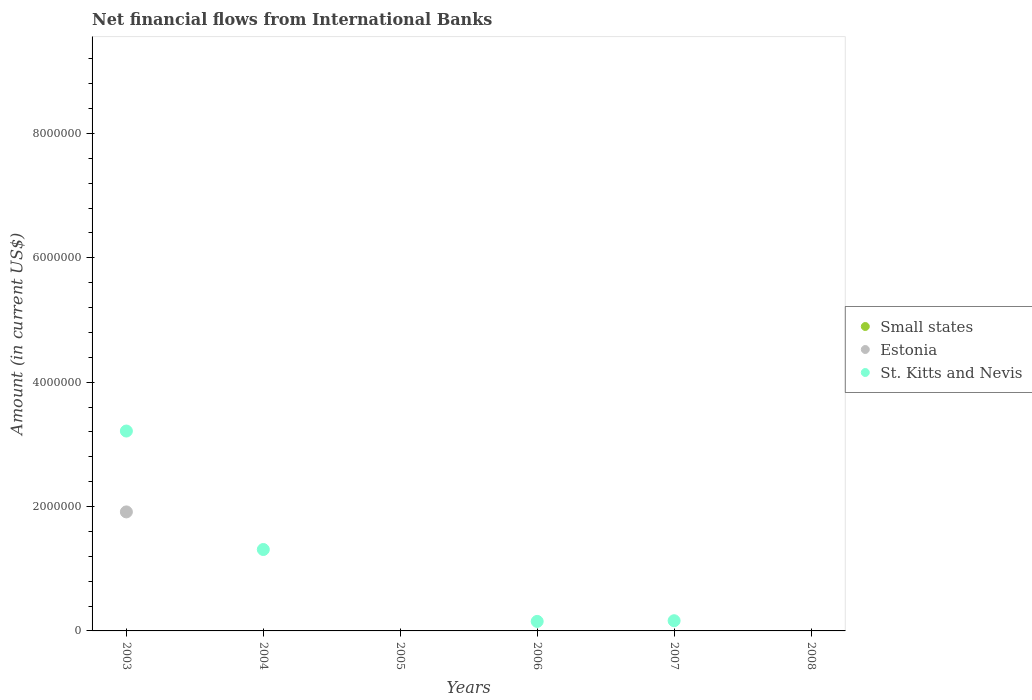
| Years | Small states | Estonia | St. Kitts and Nevis |
 | --- | --- | --- | --- |
 | 2003 | -1.16e+08 | 1.91e+06 | 3.21e+06 |
 | 2004 | -7.48e+07 | -4.14e+06 | 1.31e+06 |
 | 2005 | -5.99e+07 | -5.09e+06 | -1.76e+05 |
 | 2006 | -7.7e+07 | -6.08e+06 | 1.53e+05 |
 | 2007 | -1.24e+08 | -6.61e+06 | 1.64e+05 |
 | 2008 | -4.03e+07 | -7.23e+06 | -1.31e+05 |